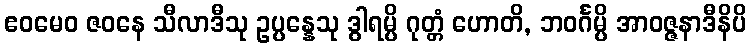
ဧဝမေဝ ဇဝနေ သီလာဒီသု ဥပ္ပန္နေသု ဒွါရမ္ပိ ဂုတ္တံ ဟောတိ, ဘဝင်္ဂမ္ပိ အာဝဇ္ဇနာဒီနိပိ